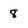
Character: 8